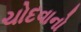
ચોદવાનો